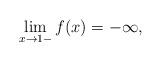
LaTeX: \begin{align*}\lim_{x\to 1-} f(x)=-\infty,\end{align*}